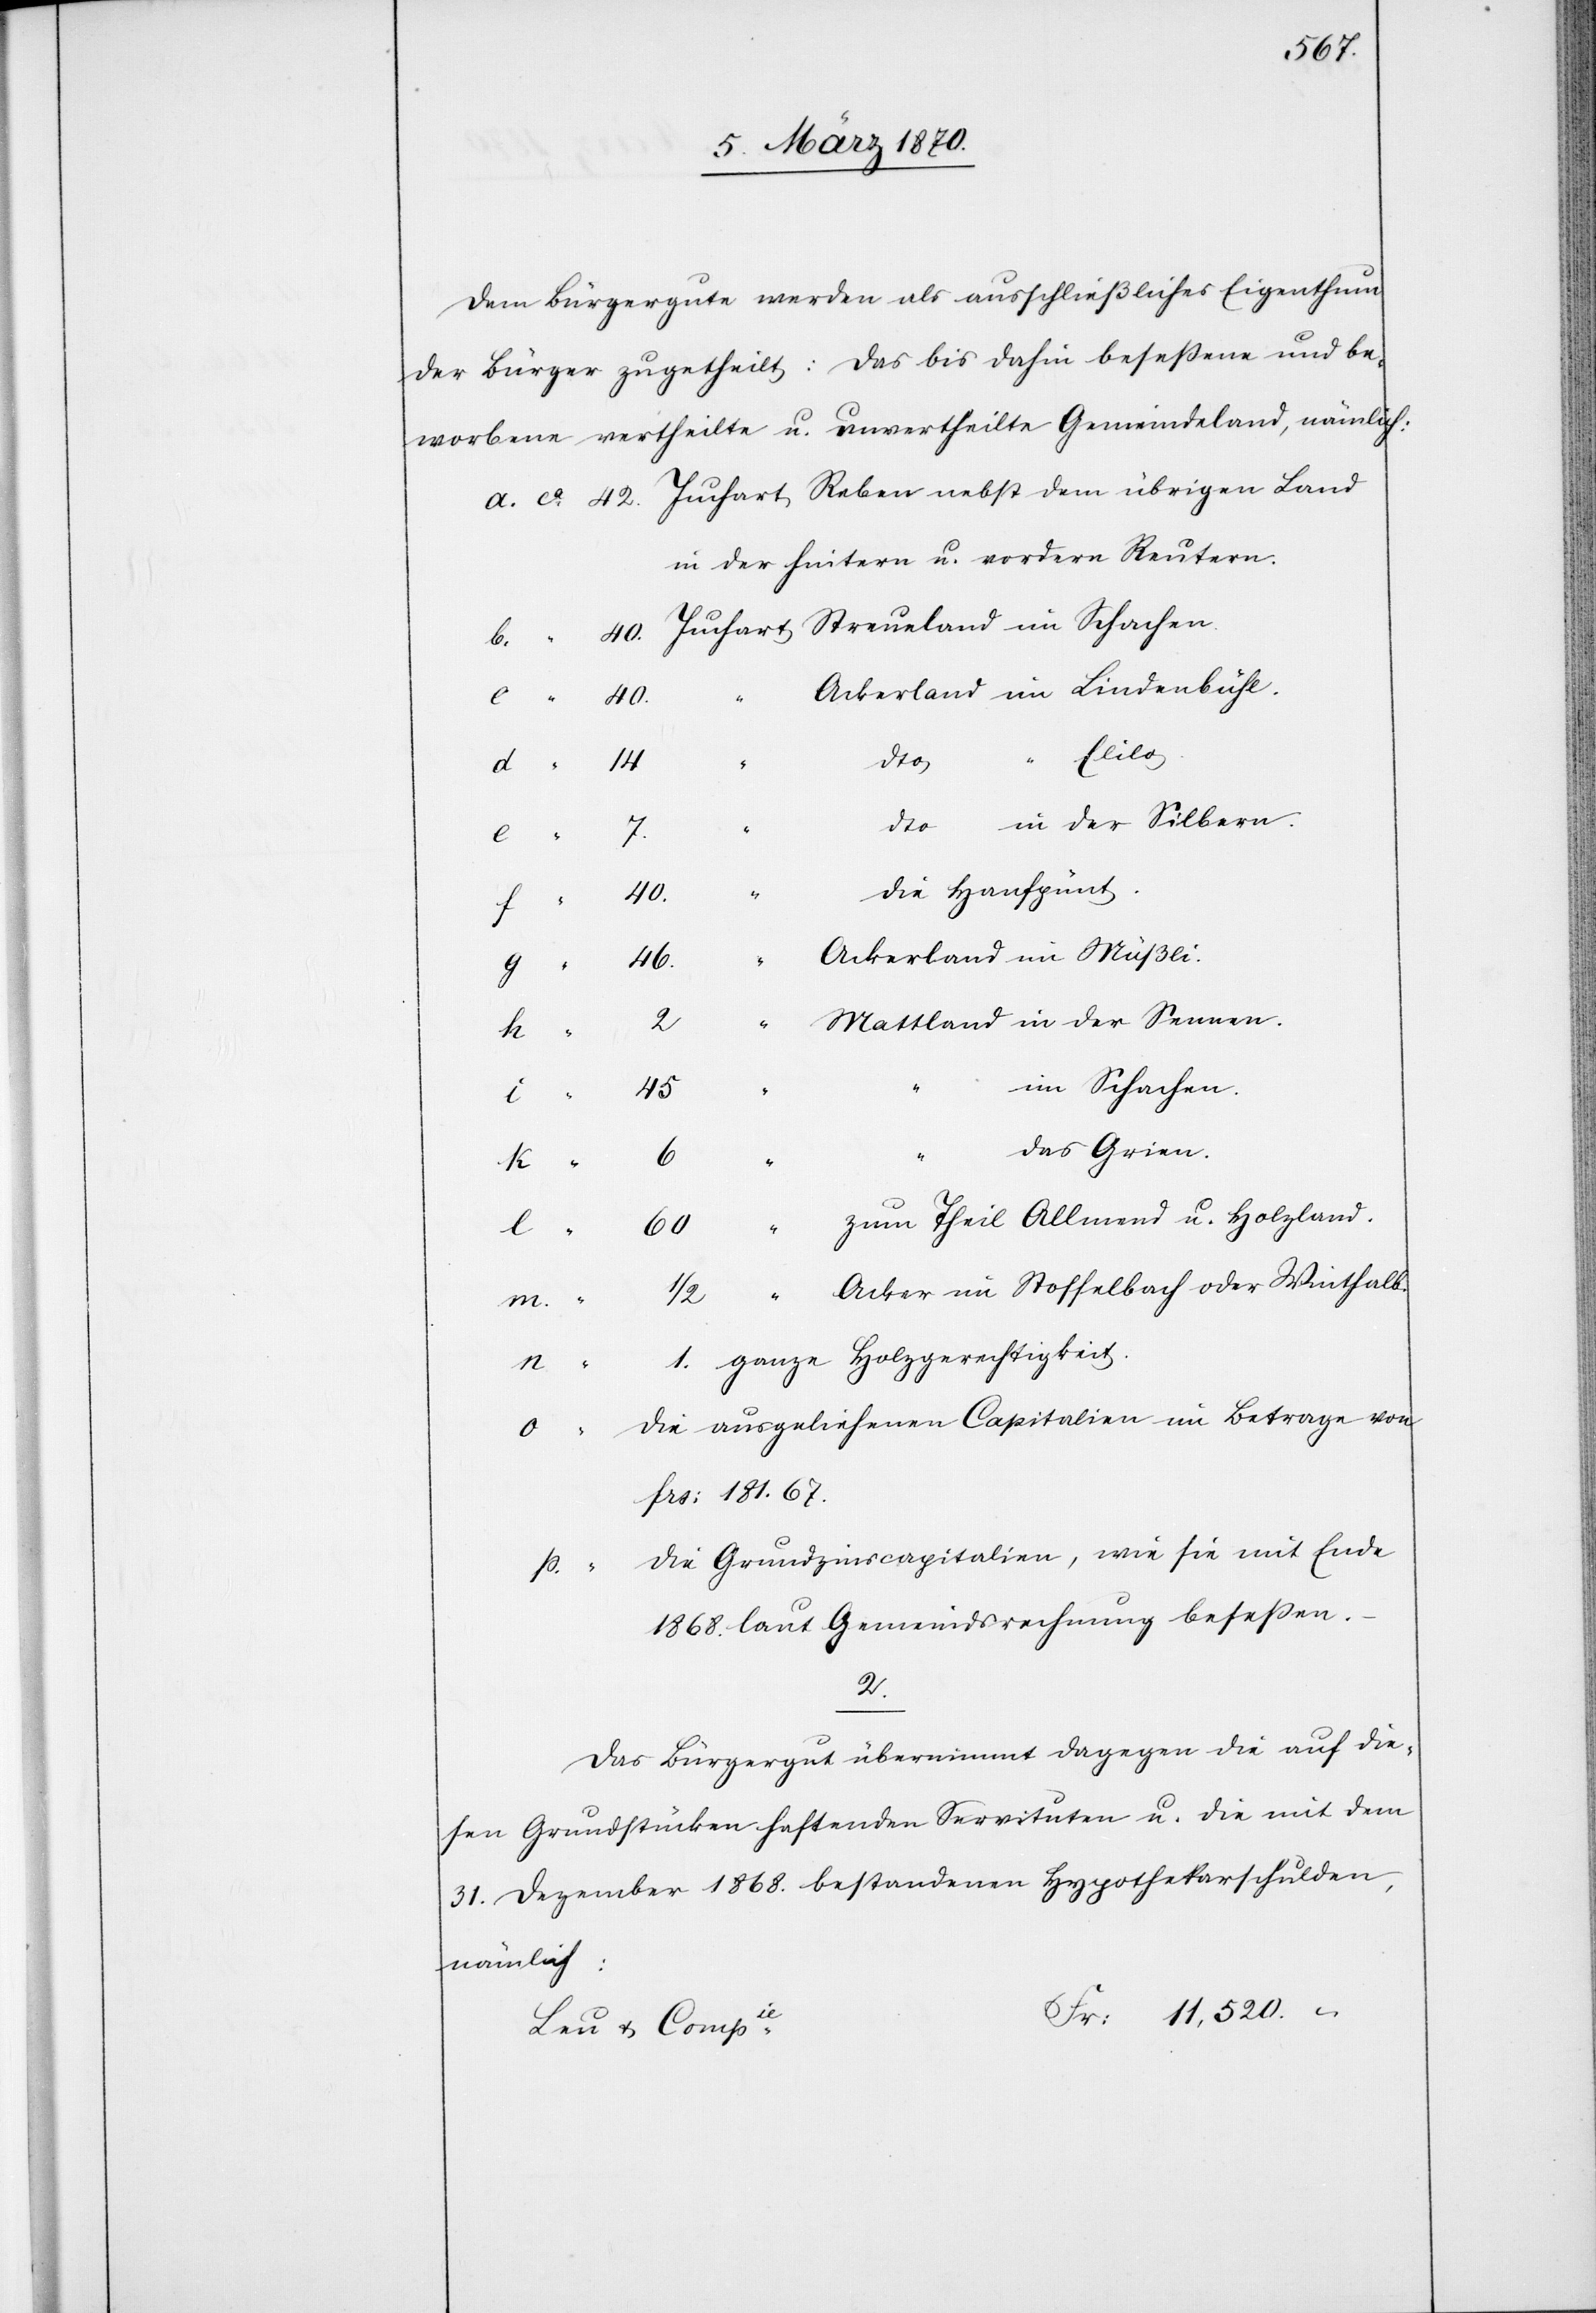
Dem Bürgergute werden als ausschließliches Eigenthum
der Bürger zugetheilt: Das bis dahin beseßene und be¬
worbene vertheilte u. unvertheilte Gemeindeland, nämlich:
in der hintern u. vordern Reutern.
Ackerland im Lindenbühl
Fr:
Elilo
dto in der Silbern.
die Hanfpünt.
Betrage von
40.
i.
Ackerland im Müßli.
46.
2.
Mattland in der Sennen.
6.
im Schachen.
45.
das Grien.
m.
Acker im Stoffelbach oder Winthalb.
1.
ganze Holzgerechtigkeit.
frs: 181.67.
die Grundzinscapitalien, wie sie mit Ende
p.
1868. laut Gemeindsrechnung bestehen.
2.
Das Bürgergut übernimmt dagegen die auf die¬
sen Grundstücken haftenden Servituten u. die mit dem
31. Dezember 1868. bestehenden Hypothekarschulden,
nämlich:
11,520. –
Leu & Compie